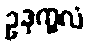
ဥဒုက္ခလံ